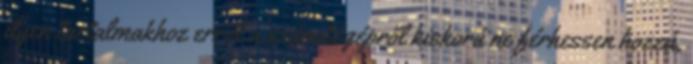
ilyen tartalmakhoz erről a számítógépről kiskorú ne férhessen hozzá,